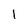
Character: 1